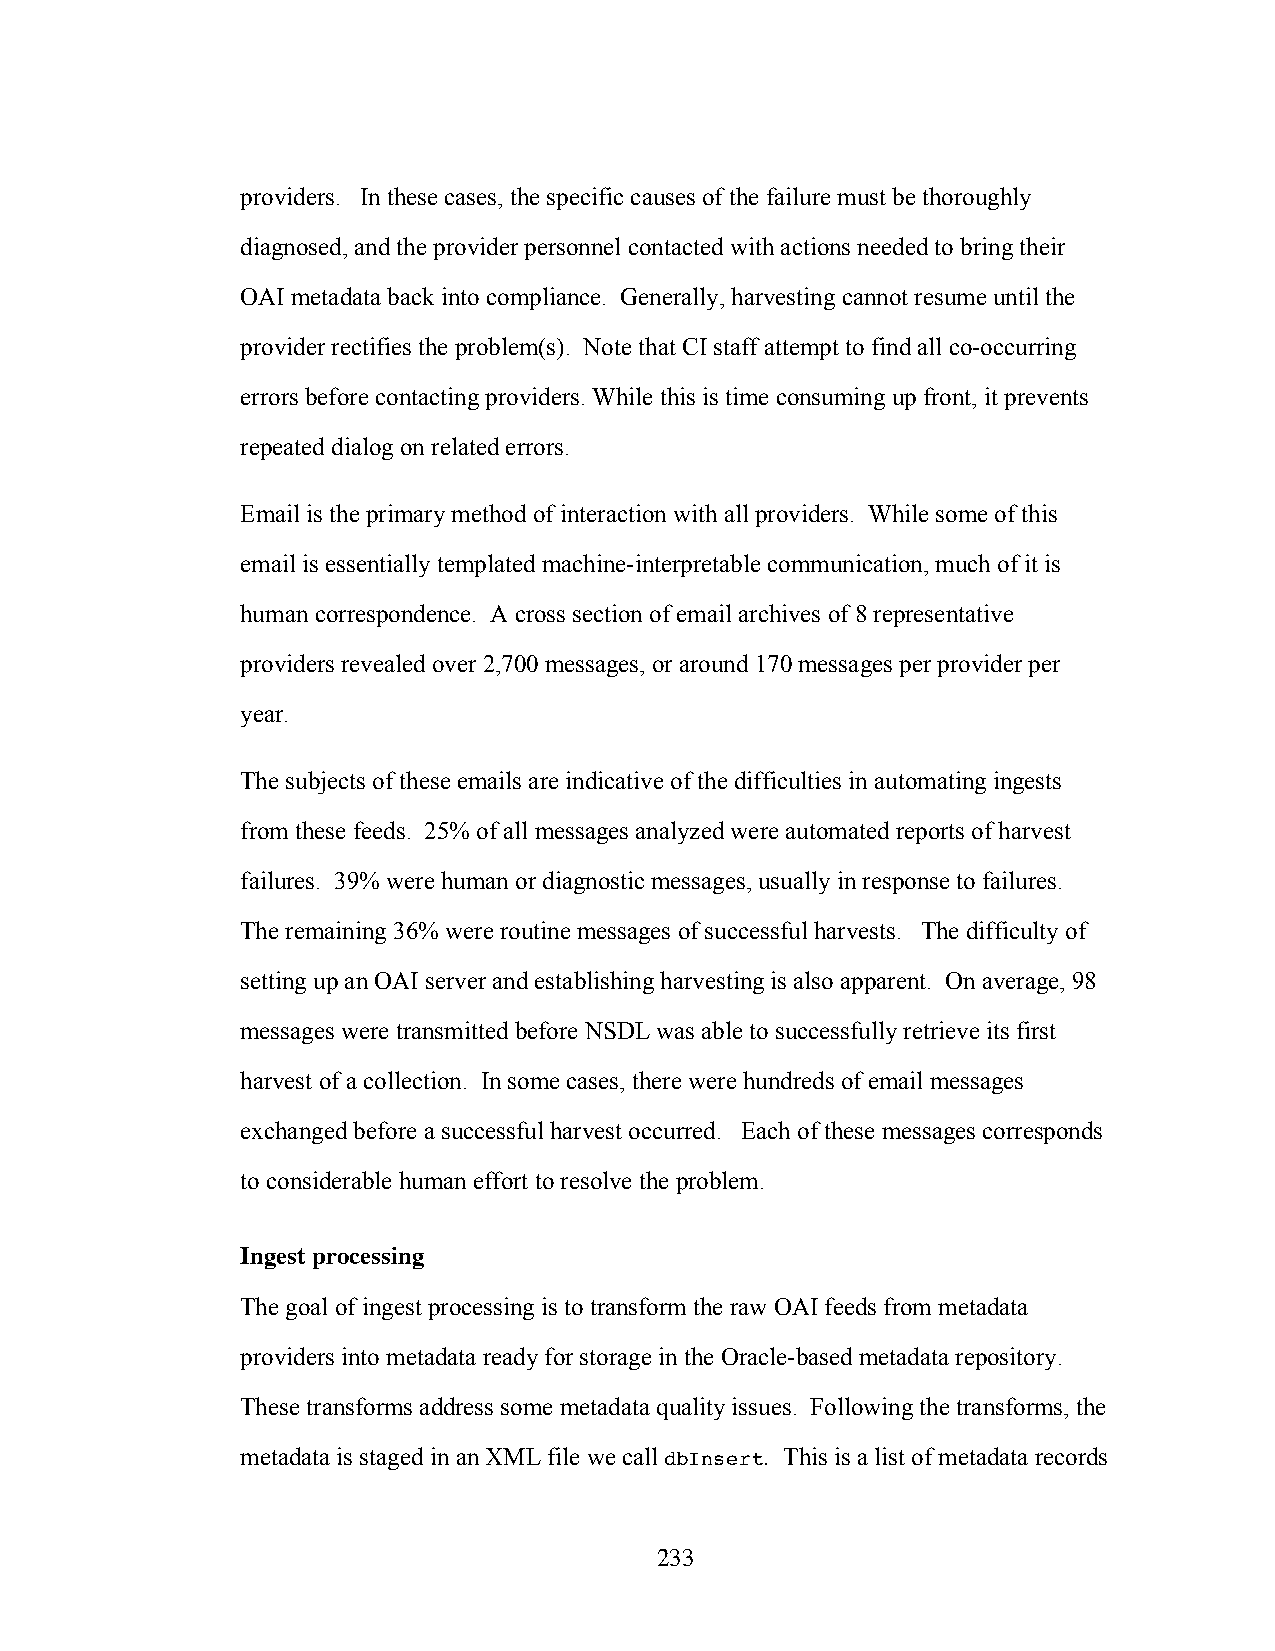
providers. In these cases, the specific causes of the failure must be thoroughly
 diagnosed, and the provider personnel contacted with actions needed to bring their
 OAI metadata back into compliance. Generally, harvesting cannot resume until the
 provider rectifies the problem(s). Note that CI staff attempt to find all co-occurring
 errors before contacting providers. While this is time consuming up front, it prevents
 repeated dialog on related errors.
 Email is the primary method of interaction with all providers. While some of this
 email is essentially templated machine-interpretable communication, much of it is
 human correspondence. A cross section of email archives of 8 representative
 providers revealed over 2,700 messages, or around 170 messages per provider per
 year.
 The subjects of these emails are indicative of the difficulties in automating ingests
 from these feeds. 25% of all messages analyzed were automated reports of harvest
 failures. 39% were human or diagnostic messages, usually in response to failures.
 The remaining 36% were routine messages of successful harvests. The difficulty of
 setting up an OAI server and establishing harvesting is also apparent. On average, 98
 messages were transmitted before NSDL was able to successfully retrieve its first
 harvest of a collection. In some cases, there were hundreds of email messages
 exchanged before a successful harvest occurred. Each of these messages corresponds
 to considerable human effort to resolve the problem.
 Ingest processing
 The goal of ingest processing is to transform the raw OAI feeds from metadata
 providers into metadata ready for storage in the Oracle-based metadata repository.
 These transforms address some metadata quality issues. Following the transforms, the
 metadata is staged in an XML file we call dbInsert. This is a list of metadata records
 233